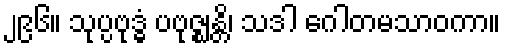
၂၉၆။ သုပ္ပဗုဒ္ဓံ ပဗုဇ္ဈန္တိ၊ သဒါ ဂေါတမသာဝကာ။